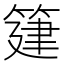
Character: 𥯦